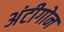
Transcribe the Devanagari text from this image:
अंटीगोन